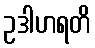
ဥဒါဟရတိ